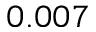
0 . 0 0 7